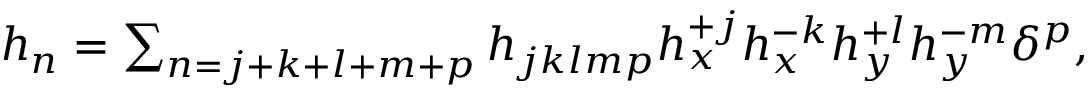
\begin{array} { r } { h _ { n } = \sum _ { n = j + k + l + m + p } h _ { j k l m p } h _ { x } ^ { + j } h _ { x } ^ { - k } h _ { y } ^ { + l } h _ { y } ^ { - m } \delta ^ { p } , } \end{array}